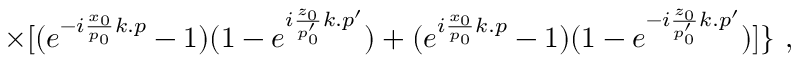
\times [ ( e ^ { - i \frac { x _ { 0 } } { p _ { 0 } } k . p } - 1 ) ( 1 - e ^ { i \frac { z _ { 0 } } { p _ { 0 } ^ { \prime } } k . p ^ { \prime } } ) + ( e ^ { i \frac { x _ { 0 } } { p _ { 0 } } k . p } - 1 ) ( 1 - e ^ { - i \frac { z _ { 0 } } { p _ { 0 } ^ { \prime } } k . p ^ { \prime } } ) ] \} \, \, ,